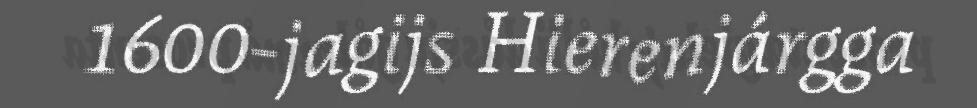
1600-jagijs Hierenjárgga